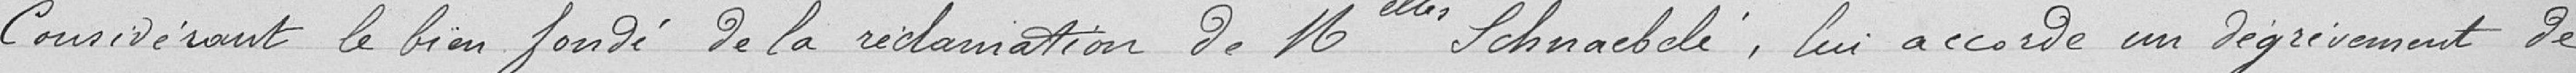
Considérant le bien fondé de la réclamation de Mademoiselle SCHNAEBELI, lui accorde un dégrèvement de